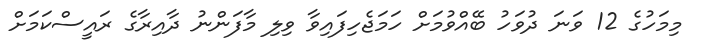
މިމަހުގެ 12 ވަނަ ދުވަހު ބޭއްވުމަށް ހަމަޖެހިފައިވާ ވިލި މާފަންނު ދާއިރާގެ ރައީސްކަމަށް